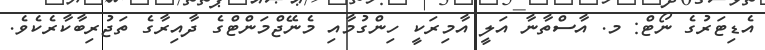
އެޑިޓަރުގެ ނޯޓް: މ. އާސްތާނާ އަލީ އާމިރަކީ ހިންގުމާއި މެނޭޖްމަންޓްގެ ދާއިރާގެ ތަޖުރިބާކާރެކެވެ.